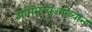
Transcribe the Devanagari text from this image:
अभिमन्युआख्यान